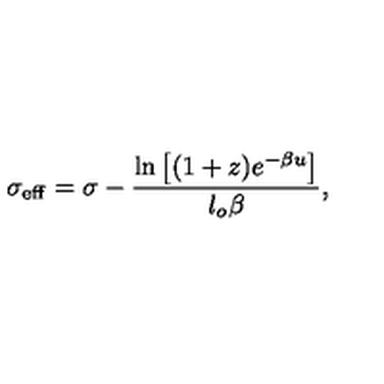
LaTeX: \sigma _ { \mathrm { e f f } } = \sigma - \frac { \mathrm { l n } \left[ ( 1 + z ) e ^ { - \beta u } \right] } { l _ { o } \beta } , \,